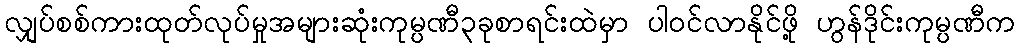
လျှပ်စစ်ကားထုတ်လုပ်မှုအများဆုံးကုမ္ပဏီ၃ခုစာရင်းထဲမှာ ပါဝင်လာနိုင်ဖို့ ဟွန်ဒိုင်းကုမ္ပဏီက